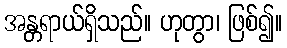
အန္တရာယ်ရှိသည်။ ဟုတွာ၊ ဖြစ်၍။